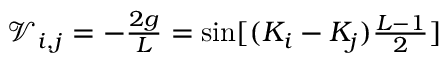
\begin{array} { r } { \mathcal V _ { i , j } = - \frac { 2 g } { L } = \sin [ ( K _ { i } - K _ { j } ) \frac { L - 1 } { 2 } ] } \end{array}